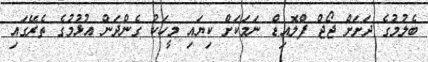
ބެލުމުގެ ދަށަށް ޖޯޖް ފްލޮއިޑް ނަމަކަށް ކިޔައި މީހަކު ގެންދަން އުޅުމުގެ ތެރޭގައި